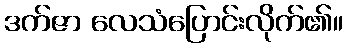
ဒက်ဇာ လေသံပြောင်းလိုက်၏။